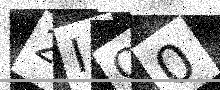
Text: 2IO0